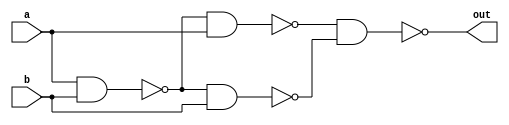
`timescale 1ns / 1ps
module my_xor(input a, input b, output out);
wire ab, r_a, r_b;

    nand(ab, a, b);
    nand(r_a, ab, a);
    nand(r_b, ab, b);
    nand(out, r_a, r_b);
endmodule